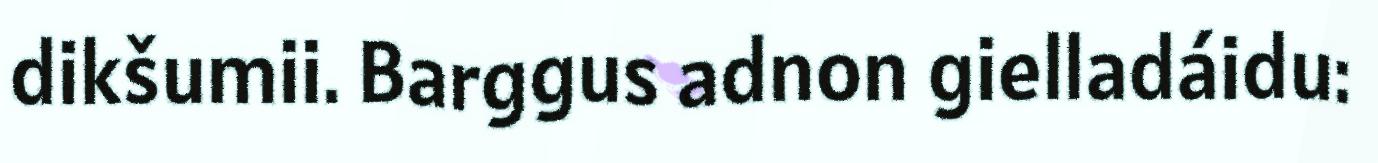
dikšumii. Barggus adnon gielladáidu: